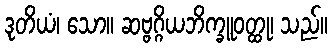
ဒုတိယံ၊ သော။ ဆဗ္ဗဂ္ဂိယဘိက္ခူဝတ္ထု၊ သည်။